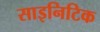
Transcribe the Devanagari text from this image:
साइनिटिक